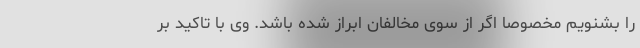
را بشنویم مخصوصاً اگر از سوی مخالفان ابراز شده باشد. وی با تاکید بر